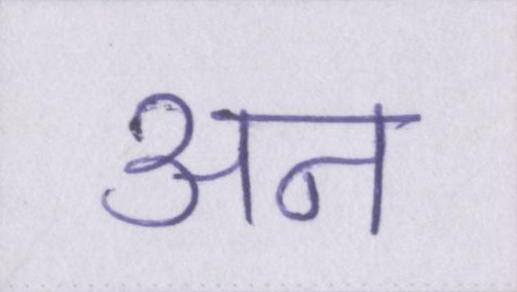
अन